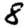
Digit: 8